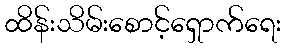
ထိန်းသိမ်းစောင့်ရှောက်ရေး